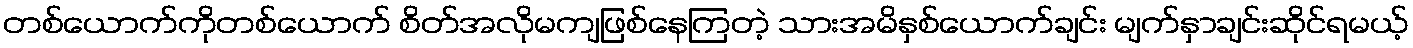
တစ်ယောက်ကိုတစ်ယောက် စိတ်အလိုမကျဖြစ်နေကြတဲ့ သားအမိနှစ်ယောက်ချင်း မျက်နှာချင်းဆိုင်ရမယ့်